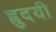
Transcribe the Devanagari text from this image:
ह्रुदयी